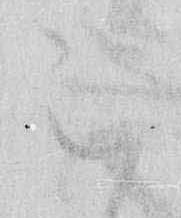
被